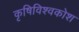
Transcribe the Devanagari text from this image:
कृषिविश्वकोश